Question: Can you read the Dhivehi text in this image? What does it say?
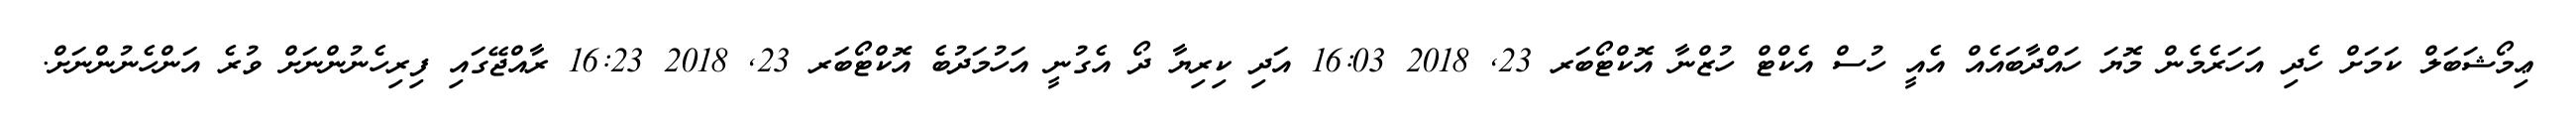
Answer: ޢިމޯޝަބަލް ކަމަށް ހެދި އަހަރެމެން މޮޔަ ހައްދާބައެއް އެއީ ހުސް އެކްޓް ހުޒްނާ އޮކްޓޯބަރ 23, 2018 16:03 އަދި ކިރިޔާ ދޯ އެގުނީ އަހުމަދުބެ އޮކްޓޯބަރ 23, 2018 16:23 ރާއްޖޭގައި ފިރިހެނުންނަށް ވުރެ އަންހެނުންނަށް.